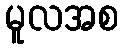
မူလအစ